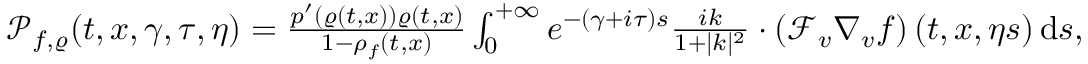
\begin{array} { r } { \mathscr { P } _ { f , \varrho } ( t , x , \gamma , \tau , \eta ) = \frac { p ^ { \prime } ( \varrho ( t , x ) ) \varrho ( t , x ) } { 1 - \rho _ { f } ( t , x ) } \int _ { 0 } ^ { + \infty } e ^ { - ( \gamma + i \tau ) s } \frac { i k } { 1 + \vert k \vert ^ { 2 } } \cdot \left( \mathcal { F } _ { v } \nabla _ { v } f \right) ( t , x , \eta s ) \, \mathrm { d } s , } \end{array}